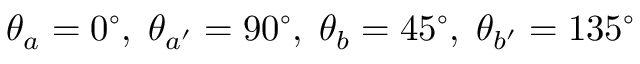
\theta _ { a } = 0 ^ { \circ } , \; \theta _ { a ^ { \prime } } = 9 0 ^ { \circ } , \; \theta _ { b } = 4 5 ^ { \circ } , \; \theta _ { b ^ { \prime } } = 1 3 5 ^ { \circ }